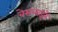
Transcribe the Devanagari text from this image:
बेसलाइनें